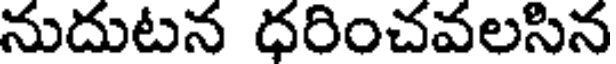
నుదుటన ధరించవలసిన